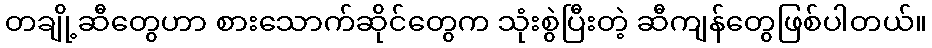
တချို့ဆီတွေဟာ စားသောက်ဆိုင်တွေက သုံးစွဲပြီးတဲ့ ဆီကျန်တွေဖြစ်ပါတယ်။